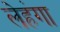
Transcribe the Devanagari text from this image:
लेहंगा